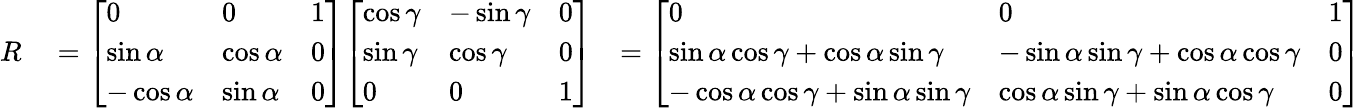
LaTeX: \begin{array}{rlr}{R}&{{}={\left[\begin{array}{lll}{0}&{0}&{1}\\ {\sin\alpha}&{\cos\alpha}&{0}\\ {-\cos\alpha}&{\sin\alpha}&{0}\end{array}\right]}{\left[\begin{array}{lll}{\cos\gamma}&{-\sin\gamma}&{0}\\ {\sin\gamma}&{\cos\gamma}&{0}\\ {0}&{0}&{1}\end{array}\right]}}&{={\left[\begin{array}{lll}{0}&{0}&{1}\\ {\sin\alpha\cos\gamma+\cos\alpha\sin\gamma}&{-\sin\alpha\sin\gamma+\cos\alpha\cos\gamma}&{0}\\ {-\cos\alpha\cos\gamma+\sin\alpha\sin\gamma}&{\cos\alpha\sin\gamma+\sin\alpha\cos\gamma}&{0}\end{array}\right]}}\end{array}